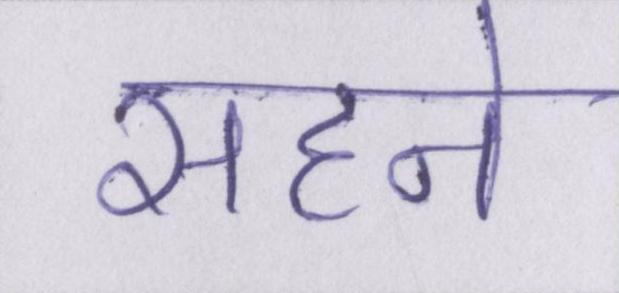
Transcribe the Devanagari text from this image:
सहने